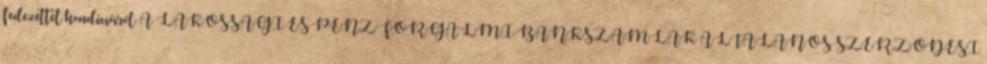
fedezettel kondícióiról A LAKOSSÁGI ÉS PÉNZFORGALMI BANKSZÁMLÁK ÁLTALÁNOS SZERZŐDÉSI